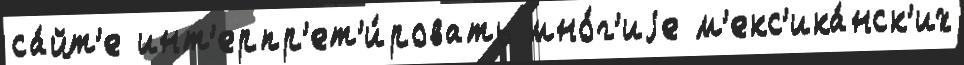
са́йт'е инт'ерпр'ет'и́ровать мно́г'иjе м'екс'ика́нск'их